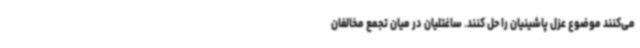
می‌کنند موضوع عزل پاشینیان را حل کنند. ساغتلیان در میان تجمع مخالفان